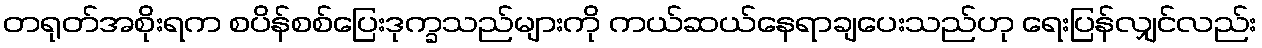
တရုတ်အစိုးရက စပိန်စစ်ပြေးဒုက္ခသည်များကို ကယ်ဆယ်နေရာချပေးသည်ဟု ရေးပြန်လျှင်လည်း